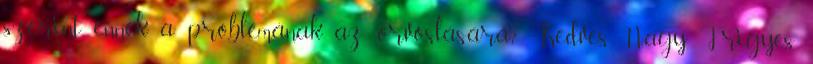
szerint ennek a problémának az orvoslására? Kedves Nagy Frigyes